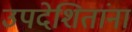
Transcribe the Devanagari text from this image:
उपदेशितांना